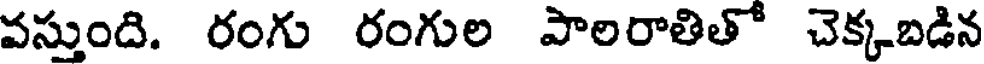
వస్తుంది. రంగు రంగుల పాలరాతితో చెక్కబడిన